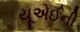
યૂએઈની